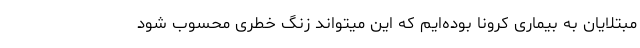
مبتلایان به بیماری کرونا بوده‌ایم که این میتواند زنگ خطری محسوب شود